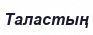
Таластың